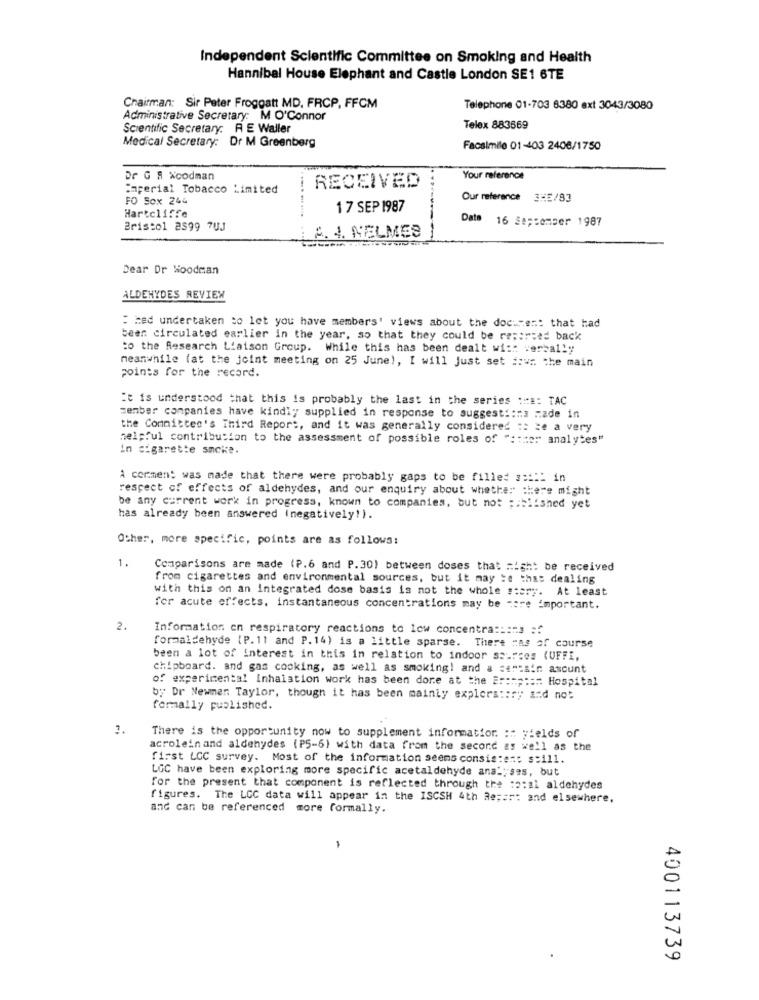
Independent Scientific Committee on Smoking and Health
Hannibal House Elephant and Castle London SE1 6TE
Chairman: Sir Peter Froggatt MD, FRCP, FFCM
Telephone 01-703 8380 ext 3043/3080
Administrative Secretary: M O'Connor
Scientific Secretary: RE Waller
Telex 883669
Medical Secretary: Dr M Greenberg
Facsimile 01-403 2408/1750
Dr G # Xcodman
Your reference
imperial Tobacco Limited
RECEIVED
FO SOx 244
Our reference 3×5/83
Hartcliffe
17 SEP 1987
Date 16 September 1987
Bristol 2399 7UJ
2. 4. NELMES
Dear Dr Woodman
ALDEHYDES REVIEW
: med undertaken to let you have members' views about the documen: that had
beer circulated earlier in the year, so that they could be reported back
to the Research Liaison Group. While this has been dealt with verbally
meanwhile (at the joint meeting on 25 June), I will Just set down the main
points for the record.
it is understood that this is probably the last in the series :##: TAC
member companies have kindly supplied in response to suggest ::: 3 made in
the Committee's Third Report, and it was generally considered :: = e a very
helpful contribution to the assessment of possible roles of ":tter analyses"
in cigarette smoke.
A cormen: was made that there were probably gaps to be filled s :::: in
respect of effects of aldehydes, and our enquiry about whether there might
be any current work in progress, known to companies, but not : : biished yet
has already been answered (negatively!).
Other, more specific, points are as follows:
1.
Comparisons are made (P.6 and P.30) between doses that might be received
from cigarettes and environmental sources, but it may :# this dealing
with this on an integrated dose basis is not the whole story. At least
for acute effects, instantaneous concentrations may be more important.
2.
Information en respiratory reactions to low concentra ::: "s ::
formaldehyde (P. 11 and P. 14) is a little sparse. There mas of course
been a lot of interest in this in relation to indoor sources (UFFI,
chipboard. and gas cooking, as well as smoking! and a certain amount
of experimental Inhalation work has been done at the 2 ::=;:::: Hospital
by Dr Newmen Taylor, though it has been mainly exploratory ind not
formally published.
3.
There is the opportunity now to supplement information. :: yields of
acrolein and aldehydes (P5-6) with data from the second as well as the
first LGC survey. Most of the information seems consistent s:111.
LGC have been exploring more specific acetaldehyde analyses, but
for the present that component is reflected through the :2:21 aldehydes
figures. The LCC data will appear in the ISCSH 4th Report and elsewhere,
and can be referenced more formally.
-
400113739